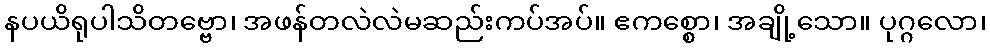
နပယိရုပါသိတဗ္ဗော၊ အဖန်တလဲလဲမဆည်းကပ်အပ်။ ဧကစ္စော၊ အချို့သော။ ပုဂ္ဂလော၊